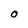
Character: O